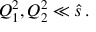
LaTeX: Q _ { 1 } ^ { 2 } , Q _ { 2 } ^ { 2 } \ll \hat { s } \, .